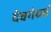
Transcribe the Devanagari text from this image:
देवगंधर्व